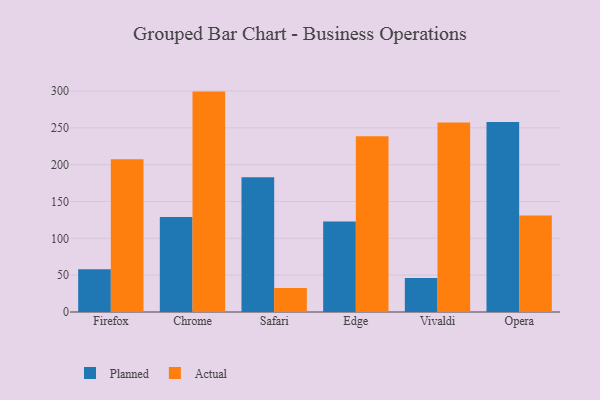
{"axis": {"x": "Browser", "y": "Humidity (%)"}, "legend": ["Actual", "Planned"], "data": [{"x": "Firefox", "y": 57.9, "type": "Planned"}, {"x": "Firefox", "y": 207.3, "type": "Actual"}, {"x": "Chrome", "y": 129.0, "type": "Planned"}, {"x": "Chrome", "y": 299.2, "type": "Actual"}, {"x": "Safari", "y": 182.9, "type": "Planned"}, {"x": "Safari", "y": 32.5, "type": "Actual"}, {"x": "Edge", "y": 122.9, "type": "Planned"}, {"x": "Edge", "y": 238.6, "type": "Actual"}, {"x": "Vivaldi", "y": 46.1, "type": "Planned"}, {"x": "Vivaldi", "y": 257.2, "type": "Actual"}, {"x": "Opera", "y": 258.0, "type": "Planned"}, {"x": "Opera", "y": 131.1, "type": "Actual"}]}